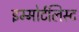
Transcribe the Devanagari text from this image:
इम्मोर्टलिस्ट